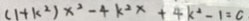
( 1 + k ^ { 2 } ) x ^ { 2 } - 4 k ^ { 2 } x + 4 k ^ { 2 } - 1 = c